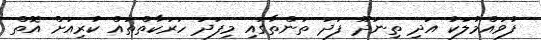
ފުވައްމުލަކު އަދި ތިނަދޫ ފަދަ ތަންތާގައި މިފަދަ ހަރަކާތްތައް ކުރިއަށް އޮތް